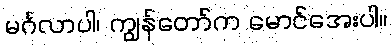
မင်္ဂလာပါ၊ ကျွန်တော်က မောင်အေးပါ။